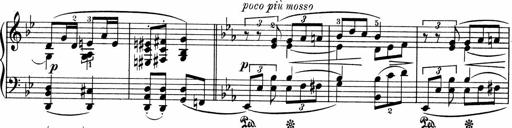
Title: 3 Sonatinen fÃ¼r Pianoforte
Composer: Fritz von Bose